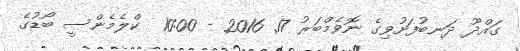
ގައްދޫ ދަނބުފަށުވިގެ ނޮވެމްބަރު 17